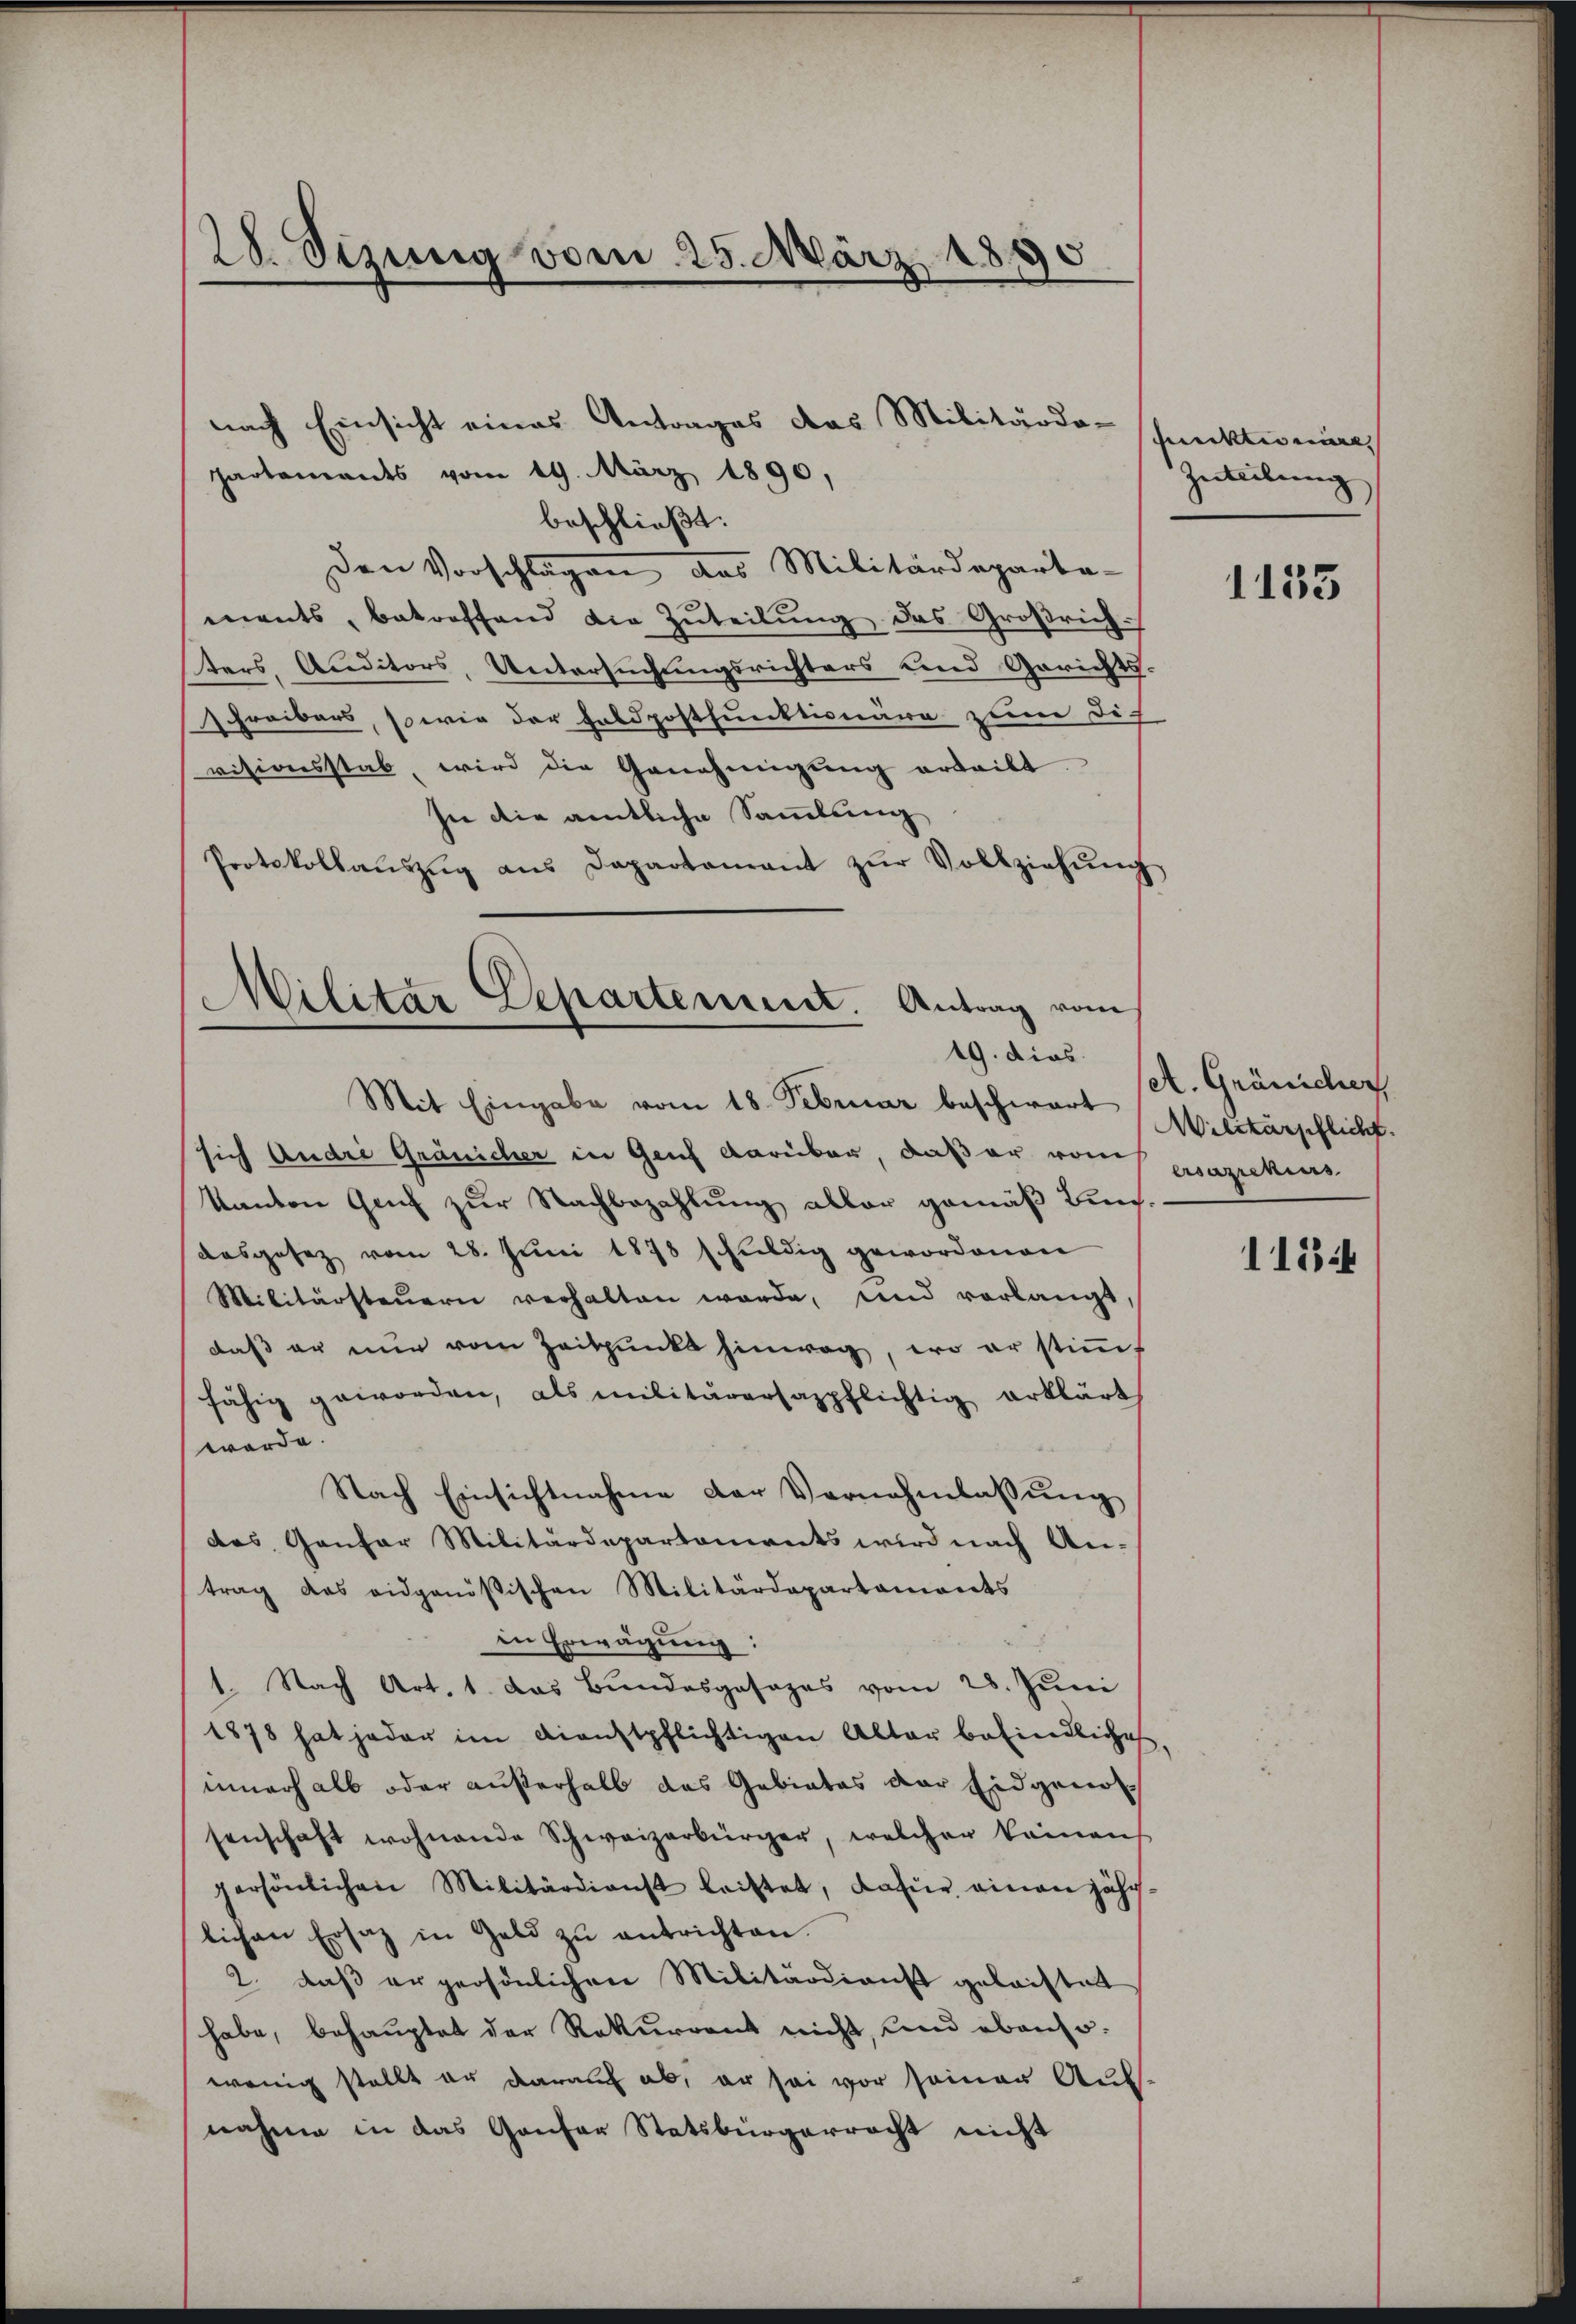
28. Sizung vom 25. März 1890

nach Einsicht eines Antrages das Militärdo-
hartements vom 19. März 1890,
beschließt:
den Vorschlagen das Militärdeparta-
ments, betreffend die Zŭteilŭng des Großrich-
ters, Auditors, Untersuchungsrichters und Gerichts-
Freibers, sowie der Feldpostfunktionäre zum Dich
visionsstab, wird die Genehmigung ertritt
sie die amtliche Sammlung
Protokollaŭszŭg aŭs Departement zŭr Vollziehŭng
Militar Departement. Antrag vom

19. dies
Mit Eingabe vom 18. Februar beschwart

punktes eine
Zuteilung

sich Andre Gränicher in Genf darüber, daß er von Pazikins
Kanton Genf zŭr Nachbezahlŭng aller gemäβ Bunaasgesetz vom 28. Juni 1878 schuldig gewordenen
Militärsteŭern verhalten werde, und verlangt,
daß er nur vom Zeitpunkt hinweg, wo er stimmt
fähig geworden, als militärarsazpflichtig erklärt
werde.
Nach Einsichtnahme der Vernehmlassung
das Gantar Militärdepartanereits wird nach An-
trag das eidgenößischen Militärdepartaments
in Erwägŭng:
1. Nach Art. 1. das Bundesgesages vom 28. Juni
1878 hat jeder im Dienstpflichtigen Alter befindliches
innerhalb oder außerhalb das Gabiatas der Eidgenosenschaft wohnende Schweizerbürger, welcher keinen
persönlichen Militärdienst leistet, dafür einen jähr
lichen Ersatz in Geld zŭ entrichten.
2. daß er persönlichen Militärdienst gelaistet
habe, behauptet der Rekurrent nicht, und ebenso
wenig stellt er darauf ab, er sei vor seiner Auf-
nahme in das Gantar Statsbürgerracht nicht

1133

el. Gränicher
Militärschlicht.

11344